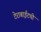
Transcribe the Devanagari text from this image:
टेराबाईटची